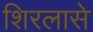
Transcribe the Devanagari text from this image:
शिरलासे